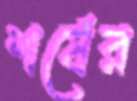
শর্ষের